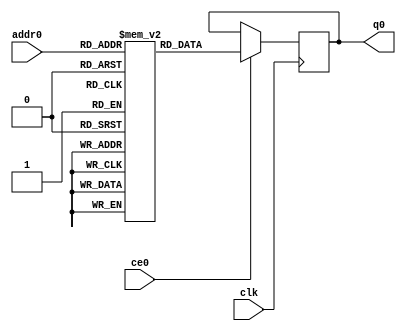
`define EXPONENT 5
`define MANTISSA 10
`define ACTUAL_MANTISSA 11
`define EXPONENT_LSB 10
`define EXPONENT_MSB 14
`define MANTISSA_LSB 0
`define MANTISSA_MSB 9
`define MANTISSA_MUL_SPLIT_LSB 3
`define MANTISSA_MUL_SPLIT_MSB 9
`define SIGN 1
`define SIGN_LOC 15
`define DWIDTH (`SIGN+`EXPONENT+`MANTISSA)
`define IEEE_COMPLIANCE 1

  module td_fused_top_tdf5_filters_1_rom (
addr0, ce0, q0, clk);

parameter DWIDTH = 32;
parameter AWIDTH = 12;
parameter MEM_SIZE = 2304;

input[AWIDTH-1:0] addr0;
input ce0;
output reg[DWIDTH-1:0] q0;
input clk;

 reg [DWIDTH-1:0] ram[MEM_SIZE-1:0];

//initial begin
//    $readmemh("./td_fused_top_tdf5_filters_1_rom.dat", ram);
//end



always @(posedge clk)  
begin 
    if (ce0) 
    begin
        q0 <= ram[addr0];
    end
end



endmodule